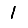
Digit: 1